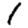
Digit: 1